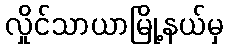
လှိုင်သာယာမြို့နယ်မှ